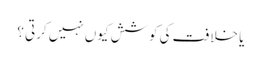
یا خلافت کی کوشش کیوں نہیں کرتی ؟